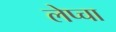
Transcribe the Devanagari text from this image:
लेप्‍चा